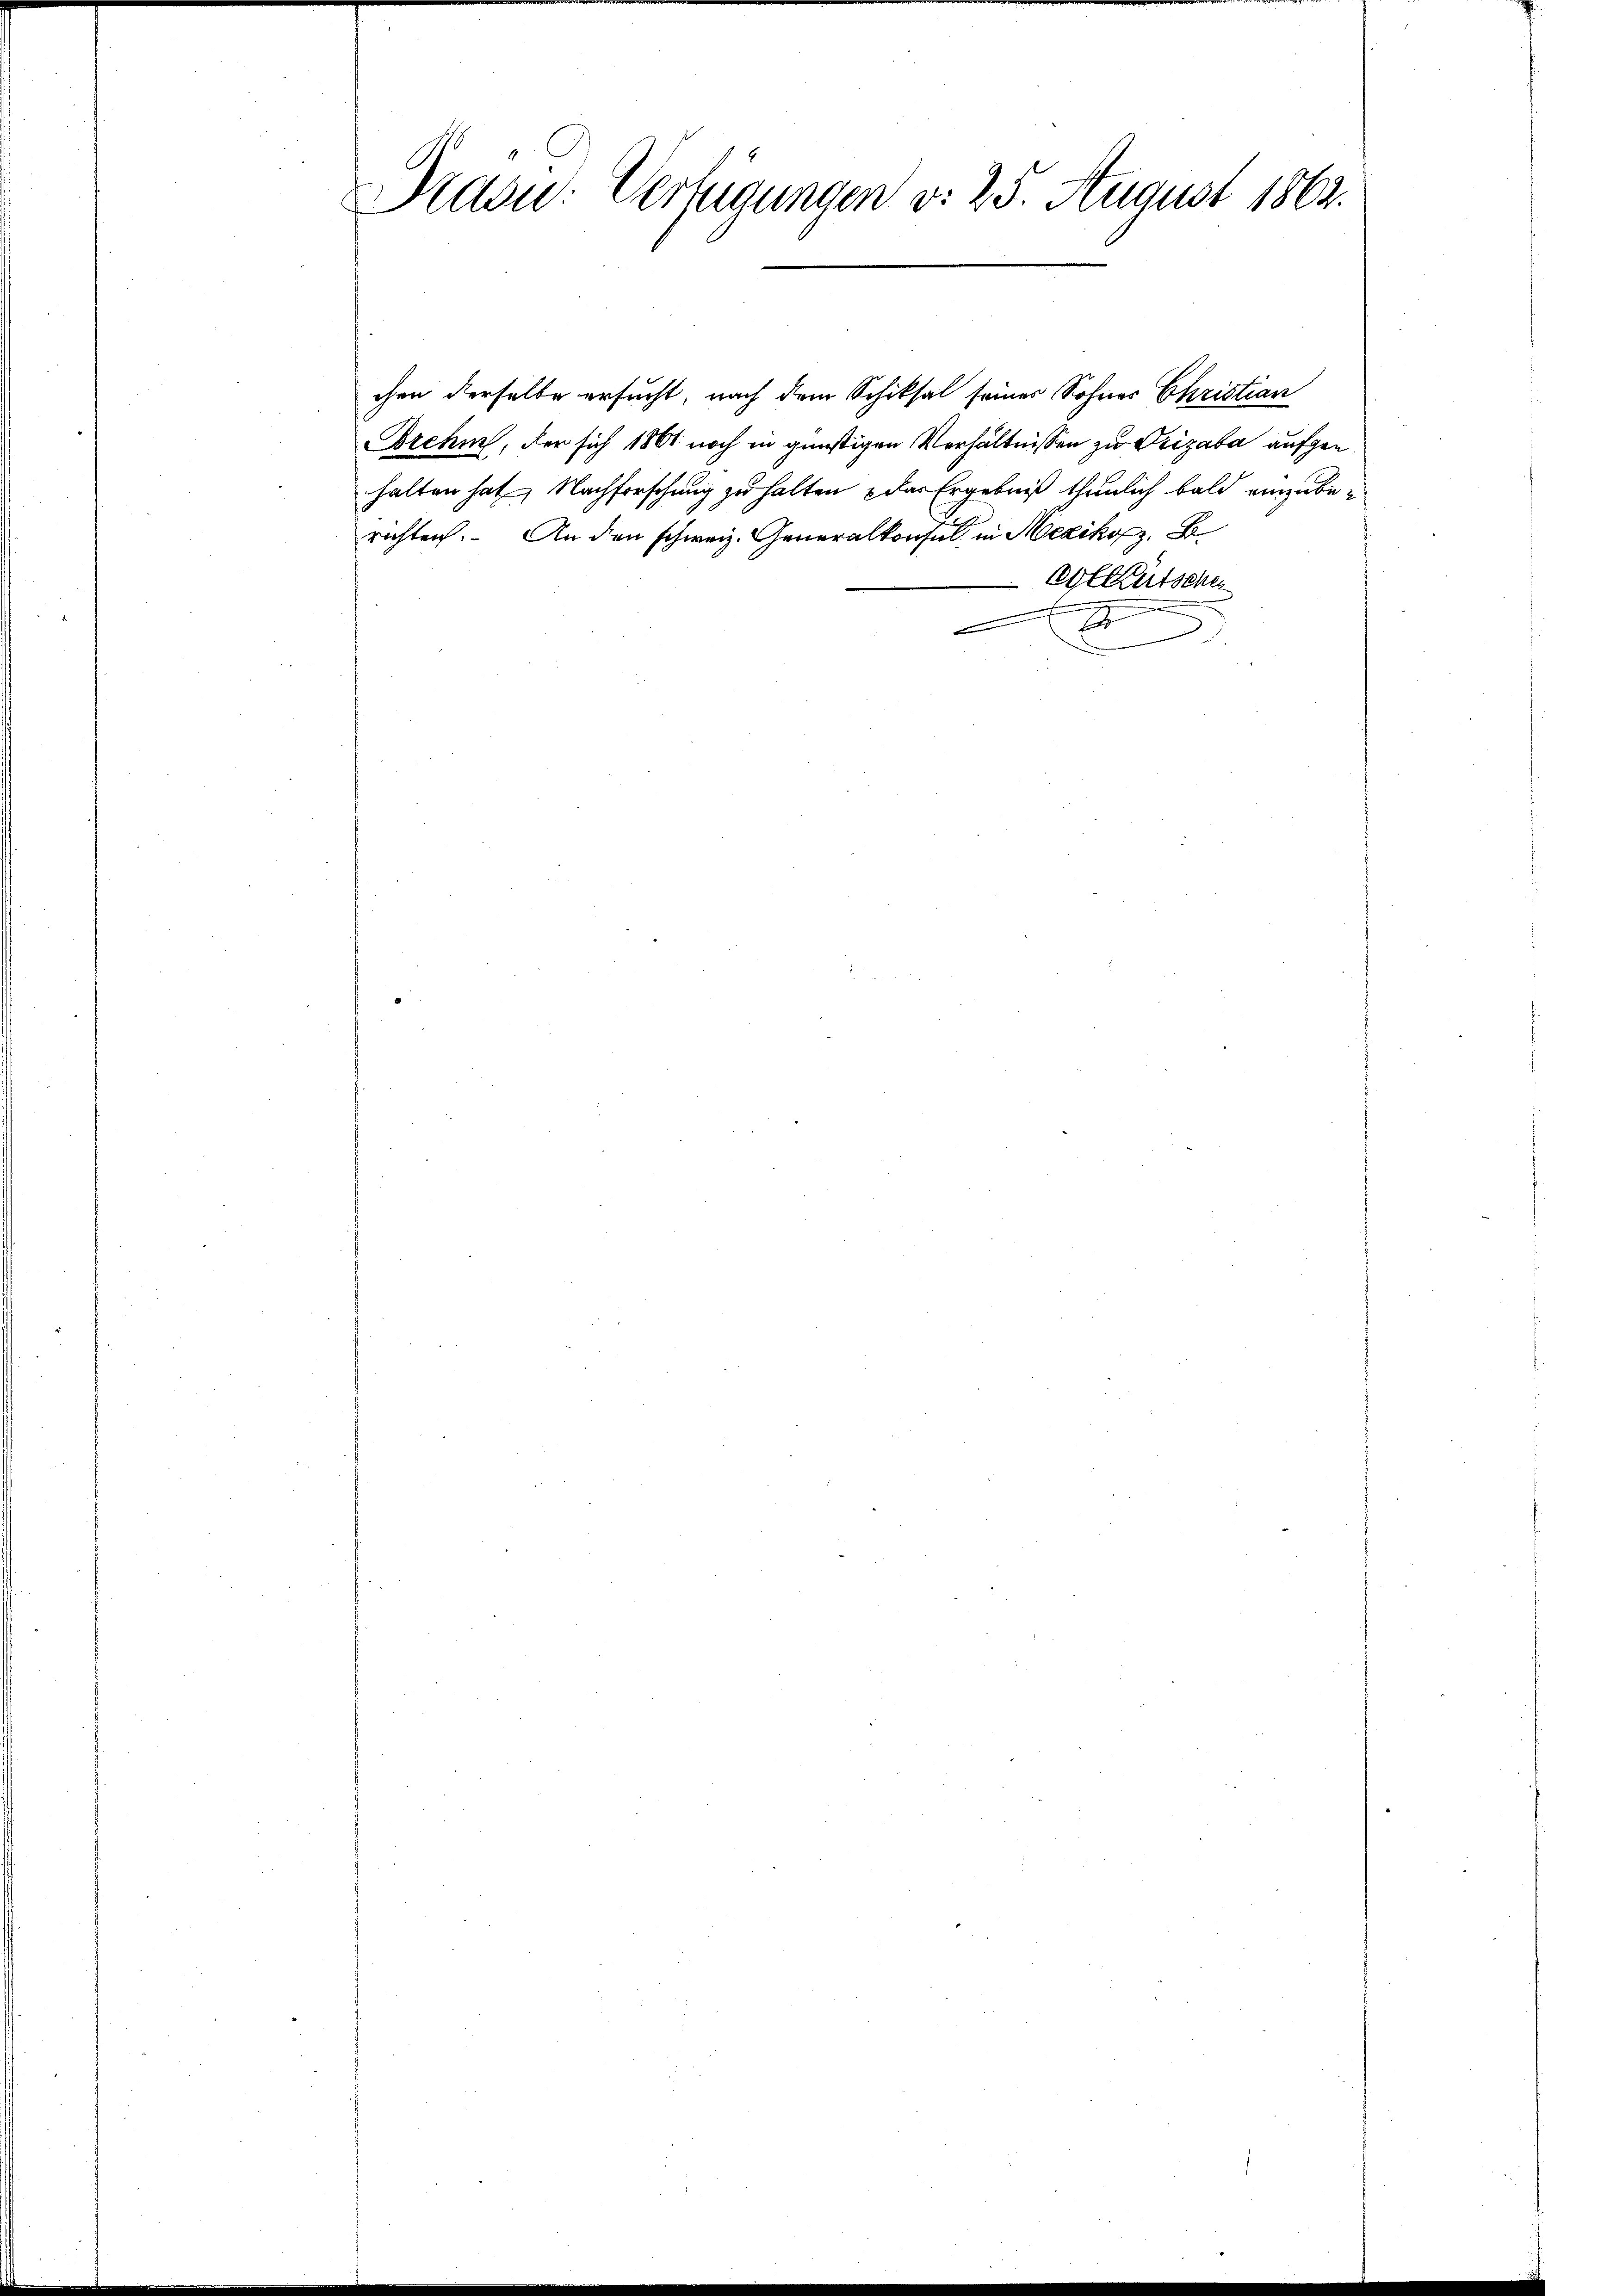
Präsid.: Verfügungen d. 25. August 1863.

chen derselbe ersucht, nach dem Schiksal seines Sohnes Christian
Brehm, der sich 1861 noch in günstigen Verhältnissen zu Grizaba aufgen
halten hat, Nachforschung zu halten das Ergebniß thunlich bald einzuberichten. An den schweiz. Generalkonsul in Mexikos B
Colütschen

x
3